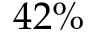
4 2 \%